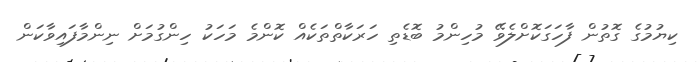
ކިޔުމުގެ ގޮތުން ފާހަގަކޮށްލެވޭ މުހިންމު ބޮޑެތި ހަރަކާތްތަކެއް ކޮންމެ މަހަކު ހިންގުމަށް ނިންމާފައިވާކަން